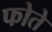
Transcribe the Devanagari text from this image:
फोते